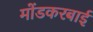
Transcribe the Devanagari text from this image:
मोंडकरबाई